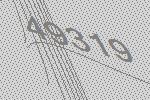
49319